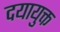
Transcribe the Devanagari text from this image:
दयायुक्त